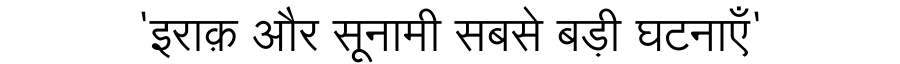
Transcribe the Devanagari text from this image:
'इराक़ और सूनामी सबसे बड़ी घटनाएँ'